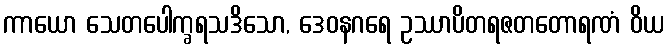
ကာယော သေတပေါက္ခရသဒိသော, ဒေဝနဂရေ ဥဿာပိတရဇတတောရဏံ ဝိယ